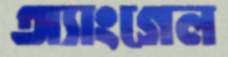
অ্যাংগেল